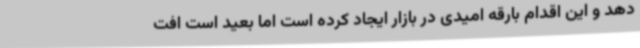
دهد و این اقدام بارقه امیدی در بازار ایجاد کرده است اما بعید است افت